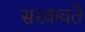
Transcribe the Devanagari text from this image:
सरकवते